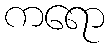
ကရော